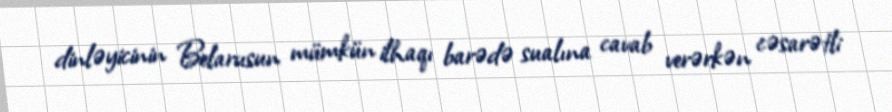
dinləyicinin Belarusun mümkün ilhaqı barədə sualına cavab verərkən cəsarətli